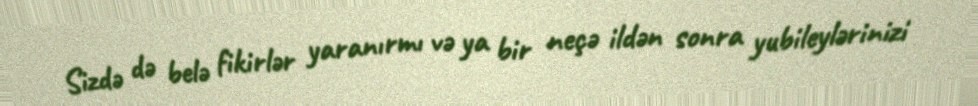
Sizdə də belə fikirlər yaranırmı və ya bir neçə ildən sonra yubileylərinizi